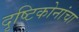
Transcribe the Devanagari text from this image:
दृष्टिकोनांचा